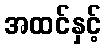
အထင်နှင့်